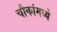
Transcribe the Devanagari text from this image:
चौकांमध्ये